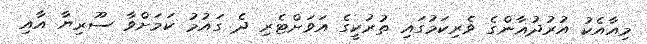
މިއާއެކު އުރުދުޣާންގެ ވެރިކަމުގައި ތުރުކީގެ އަވަށްޓެރި ދެ ގައުމު ކަމަށްވާ ސޫރިޔާ އާއި